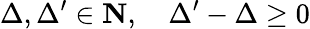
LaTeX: \Delta,\Delta^{\prime}\in\mathbf{N},\quad\Delta^{\prime}-\Delta\geq 0